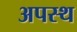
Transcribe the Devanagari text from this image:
अपस्थ